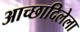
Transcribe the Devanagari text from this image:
आच्छादिलेला